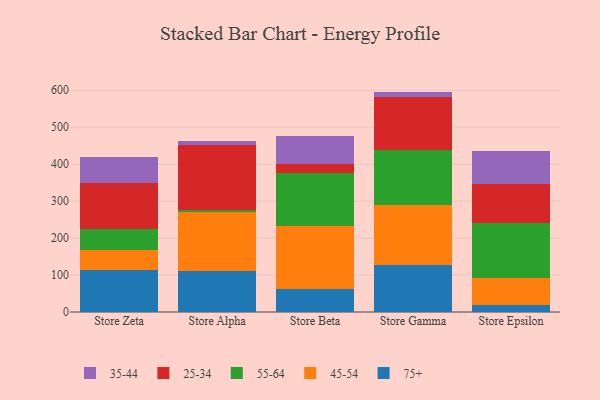
{"axis": {"x": "Store", "y": "Net Income (USD K)"}, "legend": ["25-34", "35-44", "45-54", "55-64", "75+"], "data": [{"x": "Store Zeta", "y": 113.6, "type": "75+"}, {"x": "Store Zeta", "y": 54.0, "type": "45-54"}, {"x": "Store Zeta", "y": 57.9, "type": "55-64"}, {"x": "Store Zeta", "y": 124.0, "type": "25-34"}, {"x": "Store Zeta", "y": 70.8, "type": "35-44"}, {"x": "Store Alpha", "y": 110.2, "type": "75+"}, {"x": "Store Alpha", "y": 160.6, "type": "45-54"}, {"x": "Store Alpha", "y": 5.6, "type": "55-64"}, {"x": "Store Alpha", "y": 175.6, "type": "25-34"}, {"x": "Store Alpha", "y": 11.4, "type": "35-44"}, {"x": "Store Beta", "y": 61.8, "type": "75+"}, {"x": "Store Beta", "y": 171.6, "type": "45-54"}, {"x": "Store Beta", "y": 142.3, "type": "55-64"}, {"x": "Store Beta", "y": 25.3, "type": "25-34"}, {"x": "Store Beta", "y": 75.1, "type": "35-44"}, {"x": "Store Gamma", "y": 127.2, "type": "75+"}, {"x": "Store Gamma", "y": 163.0, "type": "45-54"}, {"x": "Store Gamma", "y": 147.8, "type": "55-64"}, {"x": "Store Gamma", "y": 142.8, "type": "25-34"}, {"x": "Store Gamma", "y": 15.6, "type": "35-44"}, {"x": "Store Epsilon", "y": 20.0, "type": "75+"}, {"x": "Store Epsilon", "y": 71.8, "type": "45-54"}, {"x": "Store Epsilon", "y": 150.1, "type": "55-64"}, {"x": "Store Epsilon", "y": 103.3, "type": "25-34"}, {"x": "Store Epsilon", "y": 90.0, "type": "35-44"}]}